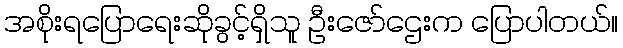
အစိုးရပြောရေးဆိုခွင့်ရှိသူ ဦးဇော်ဌေးက ပြောပါတယ်။